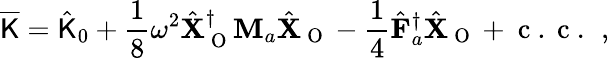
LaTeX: \overline{{\mathsf{K}}}=\hat{\mathsf{K}}_{0}+\frac{1}{8}\omega^{2}\hat{\mathbf{X}}_{\mathrm{~O~}}^{\dagger}\mathbf{M}_{a}\hat{\mathbf{X}}_{\mathrm{~O~}}-\frac{1}{4}\hat{\mathbf{F}}_{a}^{\dagger}\hat{\mathbf{X}}_{\mathrm{~O~}}+\mathrm{~c~.~c~.~}\, ,